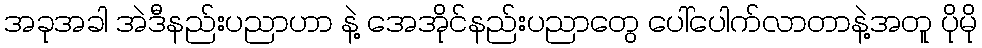
အခုအခါ အဲဒီနည်းပညာဟာ နဲ့ အေအိုင်နည်းပညာတွေ ပေါ်ပေါက်လာတာနဲ့အတူ ပိုမို